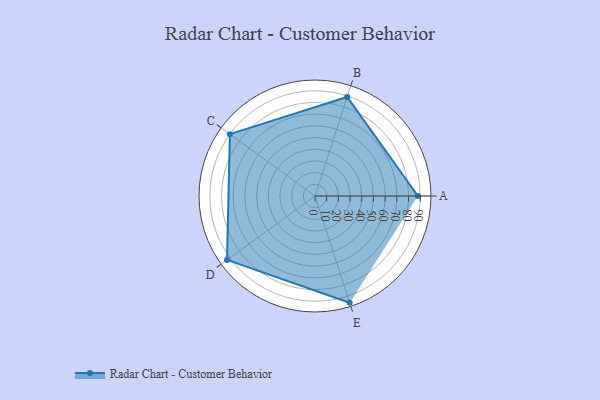
{"axis": {"x": "Skill", "y": "Score"}, "legend": ["Profile"], "data": [{"x": "A", "y": 88.0, "type": "Profile"}, {"x": "B", "y": 89.0, "type": "Profile"}, {"x": "C", "y": 90.0, "type": "Profile"}, {"x": "D", "y": 93.0, "type": "Profile"}, {"x": "E", "y": 96.0, "type": "Profile"}]}